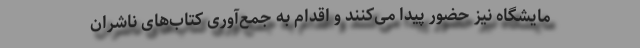
مایشگاه نیز حضور پیدا می‌کنند و اقدام به جمع‌آوری کتاب‌های ناشران